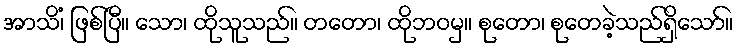
အာသိံ၊ ဖြစ်ပြီ။ သော၊ ထိုသူသည်။ တတော၊ ထိုဘဝမှ။ စုတော၊ စုတေခဲ့သည်ရှိသော်။